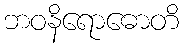
ဘဝနိရောဓောတိ